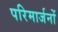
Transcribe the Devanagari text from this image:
परिमार्जनों